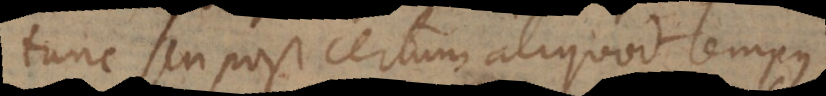
tunc seu post certum aliquod tempus